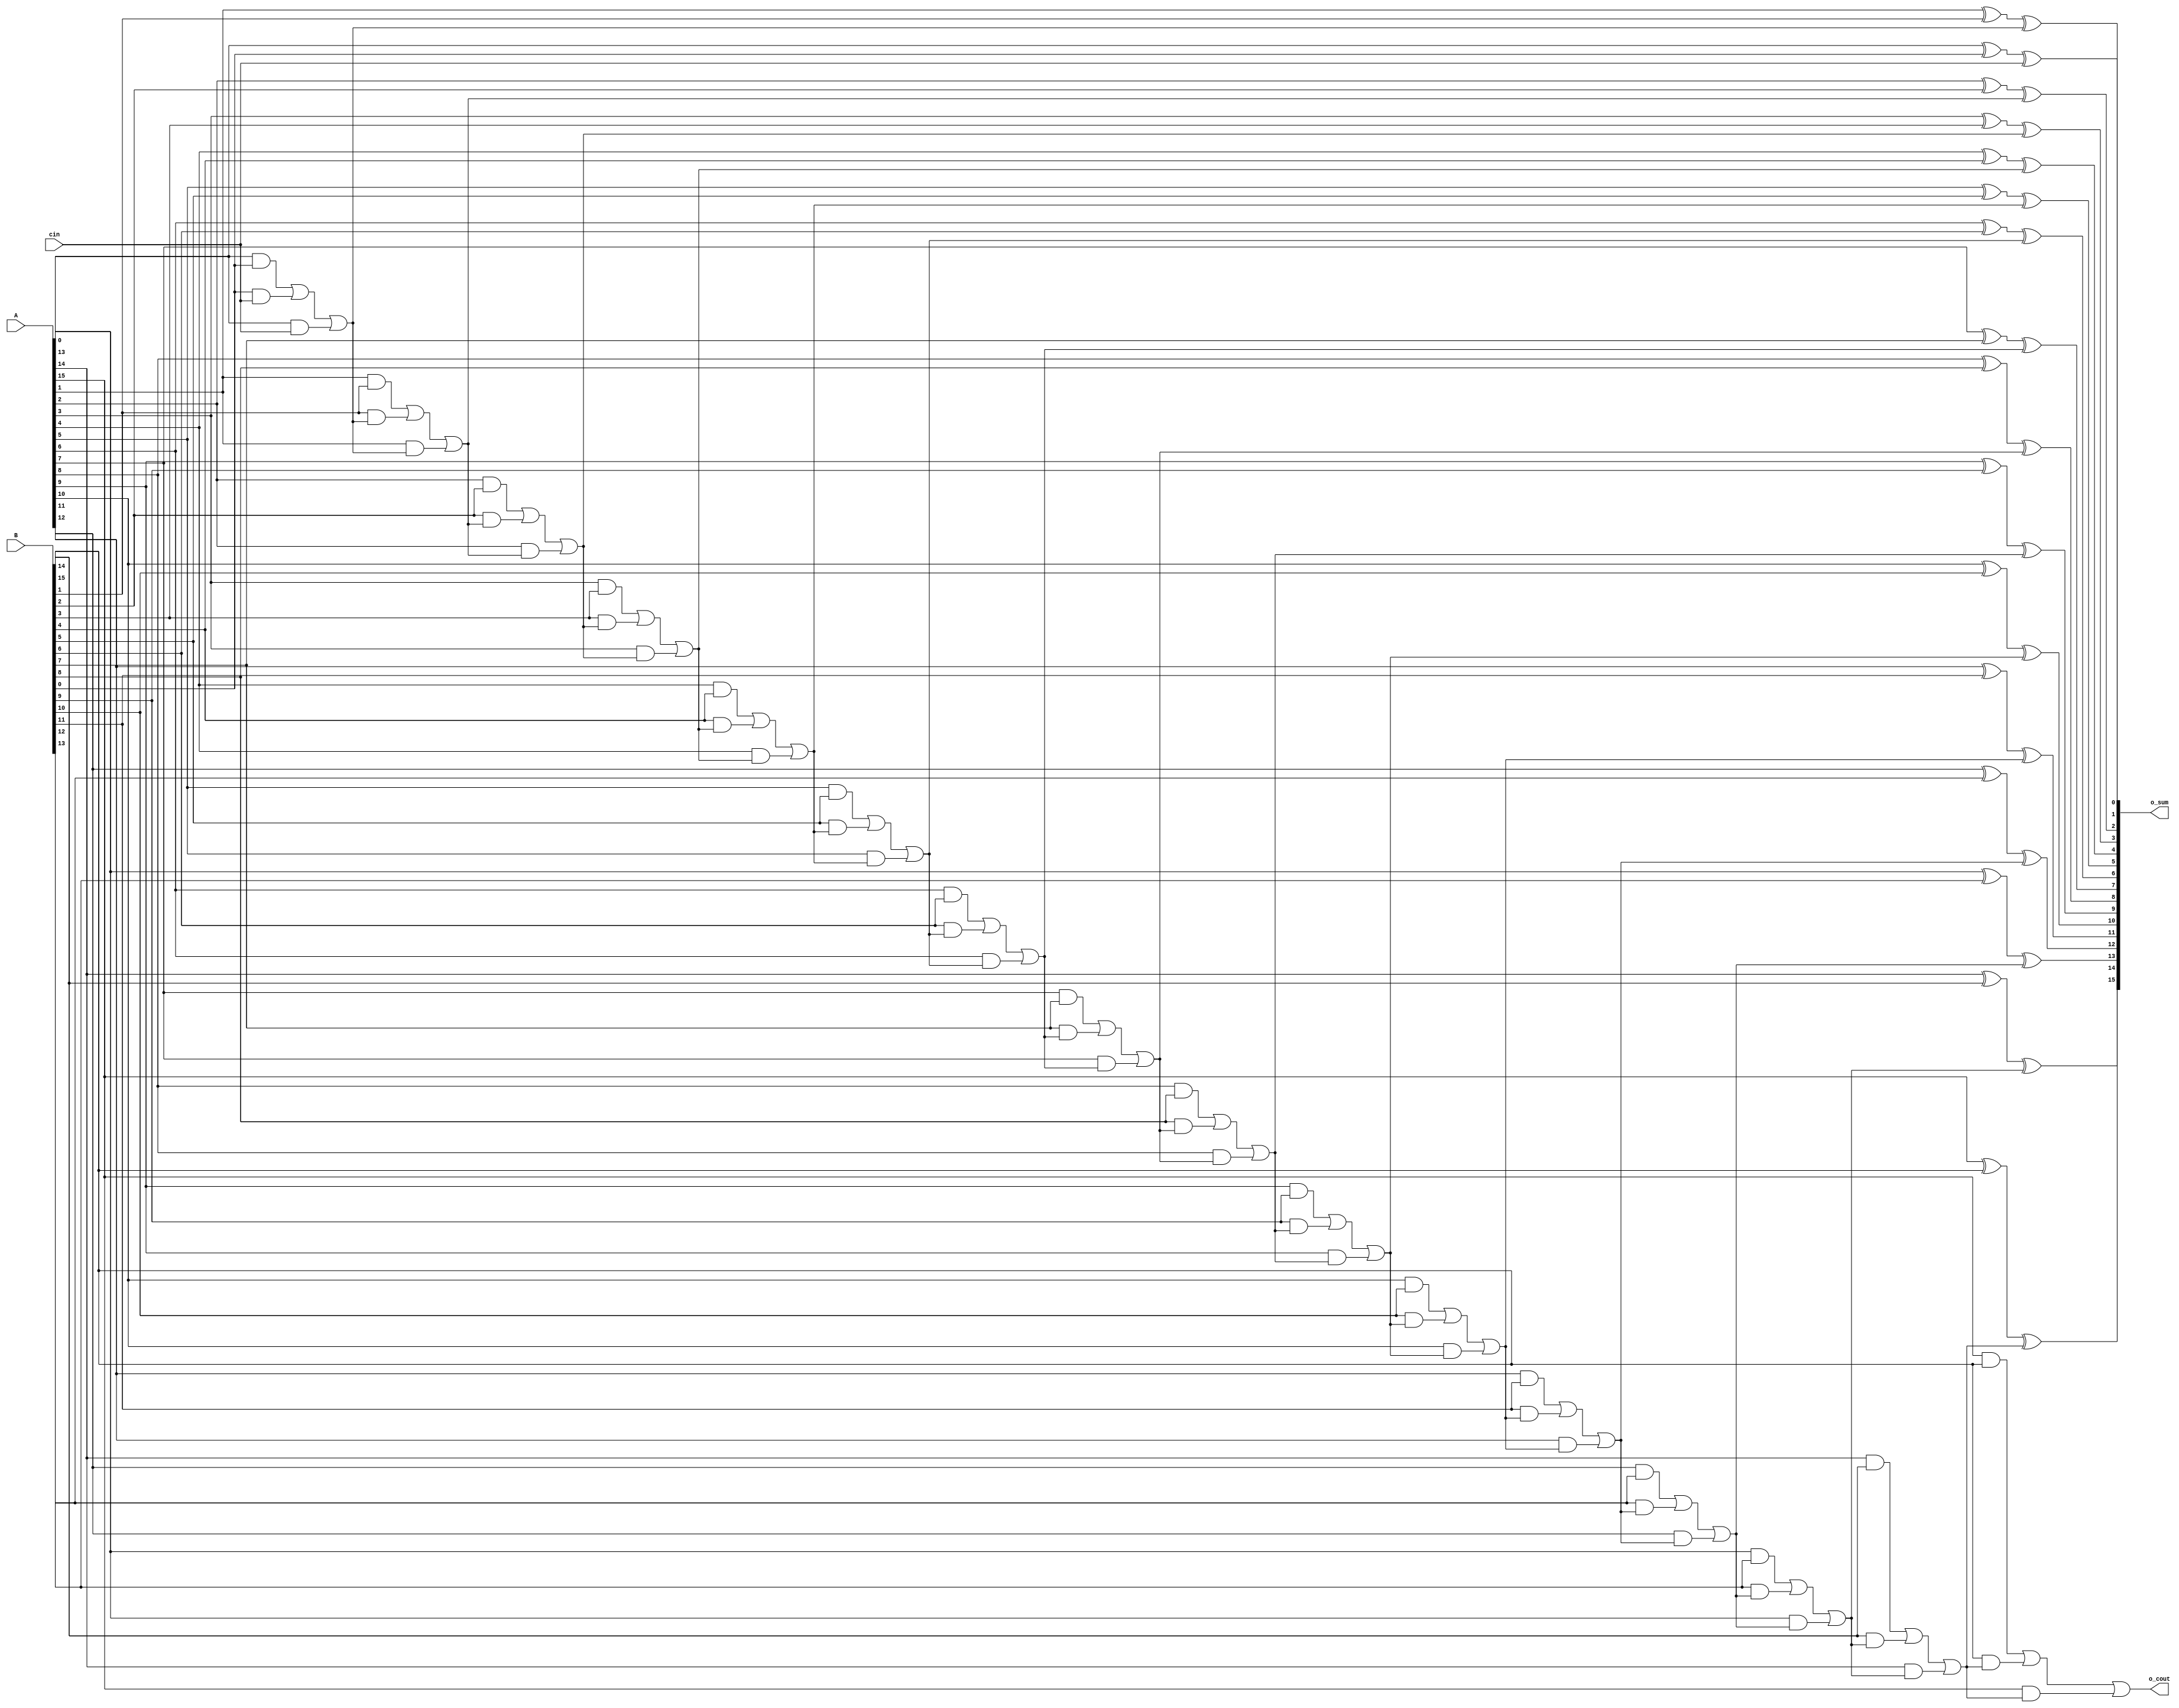



module cr_adder(o_sum , o_cout , A , B , cin);
parameter length = 16;

input [length-1:0] A;
input [length-1:0] B;
input cin;

output [length-1:0] o_sum;
output o_cout;


reg [length:0] C;
reg [length-1:0] sum;
reg cout;

integer i;

always @(A or B or cin or C)
begin
	C[0] = cin;
	for ( i = 0 ; i < length ; i = i+1 )
		begin
			C[i+1] = ((A[i] & B[i]) | (B[i] & C[i]) | (A[i] & C[i]));
			sum[i] = (A[i]  ^ B[i] ^ C[i]);
		end
	cout = C[length];
end

assign o_cout = cout;
assign o_sum = sum;

endmodule

module behv_feed_B(clk , sel , B , o_curr_B , o_next_B);
parameter length = 16;

input clk;
input [length-1:0] sel;
input [length-1:0] B;
output o_curr_B;
output o_next_B;

reg curr_B;
reg next_B;

assign o_curr_B = curr_B;
assign o_next_B = next_B;

reg saved_B;

integer i;


always @(posedge clk)
 saved_B = next_B;
 
always @(B[0] or sel[0] or saved_B)
begin
if (sel[0] == 1)
	curr_B = B[0];
else
	curr_B = saved_B;
end

always @(B or sel)
begin
if (sel[length-1] == 1)
	next_B = 0;
for (i = 0 ; i < length-1 ; i = i+1)
	if (sel[i] == 1)
			next_B = B[i+1];
end
	
endmodule

module behv_Ring_Counter(clk,rst,sel);
parameter length = 16;
integer i;
input clk;
input rst;
output [length-1:0] sel;
reg [length-1:0] step_vect;

always @(posedge clk)
begin
	if (rst == 1)
	begin 
		step_vect[0] <= 1;

		for (i = 1; i < length ; i = i+1)
			step_vect[i] <= 0;
	end
	else
	begin
		step_vect[0] <= 0;
		for (i = 1 ; i < length ; i = i+1)
			step_vect[i] <= step_vect[i-1];
	end
end

assign sel = step_vect;
endmodule

module behv_generate_pp(clk , rst , A,i_next_B, curr_B , sel , RES);
parameter length = 16;

input clk;
input rst;
input i_next_B;
input curr_B;
input [length-1:0] sel;
input [length-1:0] A;
output [2*length-1:0] RES;

wire [length:0] adder_out;
wire [length:0] shifted_bypass;
wire adder_cout;
wire [length-1:0] sum;

reg [length:0] curr_p;
reg [length-1:0] bypass;
reg [length-1:0] feeder;
reg [length-1:0] pp_low;
reg next_B;

wire adder_cin = 0;



integer i;

assign RES = {bypass , curr_p};

always @(clk , i_next_B)
	if (clk == 1) next_B <= i_next_B;
	
cr_adder pp_adder(sum , adder_cout , feeder , A , adder_cin);

assign adder_out = { adder_cout , sum };
assign shifted_bypass = { 1'b0 , bypass[length-1:0] };

always @(adder_out,shifted_bypass,curr_B)
begin
	if (curr_B == 1 ) 
		curr_p <= adder_out;
	else
		curr_p <= shifted_bypass;	
end

wire clk_neg = ~ clk ;

wire feeder_clk;
wire bypass_clk;

nand (feeder_clk , clk_neg , next_B);
or (bypass_clk , clk, next_B);


always @(posedge feeder_clk)
begin 
if (rst == 1)
	feeder <= 16'd0;
else
	feeder <= curr_p[length:1];
end

always @(posedge bypass_clk)
begin 
if (rst == 1)
	bypass <= 16'd0;
else
	bypass <= curr_p[length:1];
end

always @(sel or curr_p[0])
begin


for (i = 0 ; i < length ; i = i+1)
	if (sel[i] == 1)
		pp_low[i] <= curr_p[0];
		
end
 
endmodule
 
 module behv_multiplier(clk , rst , A , B , C);
 parameter length = 16;
 
 input clk;
 input rst;
 input [length-1:0] A;
 input [length-1:0] B;
output [2*length-1:0] C;
 
 

 
 wire m_next_B;
 wire m_curr_B;
 wire [length-1:0] sel;
 
behv_feed_B feed_B(clk , sel , B , m_curr_B , m_next_B);

behv_Ring_Counter ring_counter(clk , rst , sel);

behv_generate_pp generate_pp(clk , rst , A , m_next_B , m_curr_B , sel , C);


endmodule